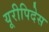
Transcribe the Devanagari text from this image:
यूरीपिदेस